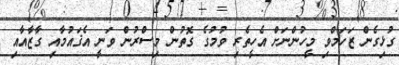
ގުޅިގެން ޒަހަމްވި މީހުންނަށް އެހީތެރި ވުމުގެ ގޮތުން މިސްރުން ވަނީ އެޤައުމާއި ގާޒާއާއި